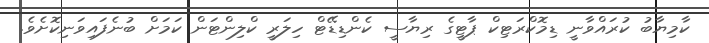
ކާމިޔާބު ކުރައްވާނީ ޑިމޮކްރަޓިކް ޕާޓީގެ ރިޔާސީ ކެންޑިޑޭޓް ހިލަރީ ކްލިންޓަން ކަމަށް ބުނެފައިވަނިކޮށެވެ.